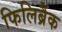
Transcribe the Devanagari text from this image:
फिलिब्रैंक